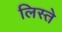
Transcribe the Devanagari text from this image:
लिस्ते